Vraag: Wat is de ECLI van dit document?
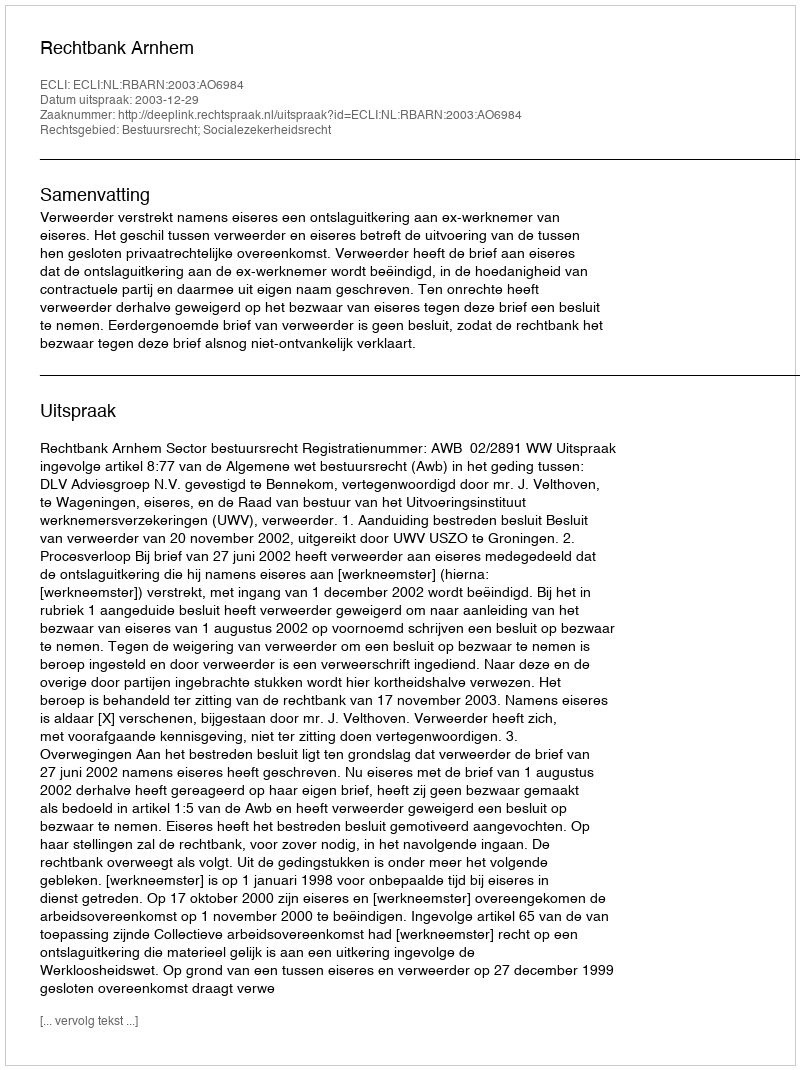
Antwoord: ECLI:NL:RBARN:2003:AO6984